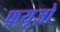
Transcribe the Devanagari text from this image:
फ़्यूज़ो